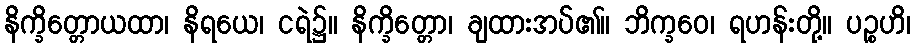
နိက္ခိတ္တောယထာ၊ နိရယေ၊ ငရဲ၌။ နိက္ခိတ္တော၊ ချထားအပ်၏။ ဘိက္ခဝေ၊ ရဟန်းတို့။ ပဉ္စဟိ၊